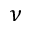
\nu